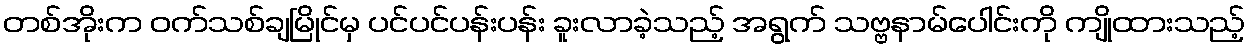
တစ်အိုးက ဝက်သစ်ချမြိုင်မှ ပင်ပင်ပန်းပန်း ခူးလာခဲ့သည့် အရွက် သဗ္ဗနာမ်ပေါင်းကို ကျိုထားသည့်